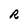
Character: R